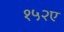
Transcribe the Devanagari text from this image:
१५२ए